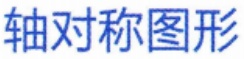
轴对称图形